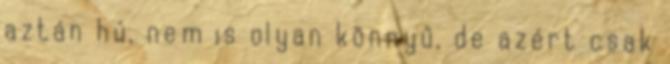
aztán hú, nem is olyan könnyű, de azért csak